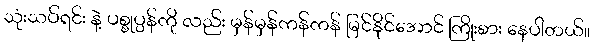
သုံးသပ်ရင်း နဲ့ ပစ္စုပ္ပန်ကို လည်း မှန်မှန်ကန်ကန် မြင်နိုင်အောင် ကြိုးစား နေပါတယ်။